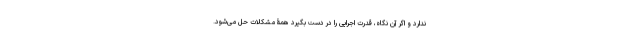
ندارد و اگر آن نگاه، قدرت اجرایی را در دست بگیرد همۀ مشکلات حل می‌شود.